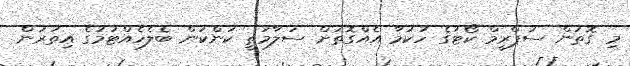
މި ގޮތުން ސުޕްރީމް ކޯޓުގެ ހުކުމާ އެއްގޮތަށް ސަލާމަތީ ކަންކަން ބެލެހެއްޓުމުގެ އިތުރުން